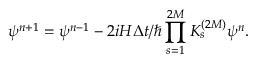
\psi ^ { n + 1 } = \psi ^ { n - 1 } - 2 i H \Delta t / \hbar \prod _ { s = 1 } ^ { 2 M } K _ { s } ^ { ( 2 M ) } \psi ^ { n } .